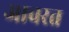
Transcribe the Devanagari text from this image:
आवरत